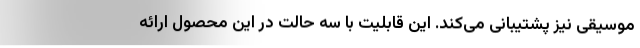
موسیقی نیز پشتیبانی می‌کند. این قابلیت با سه حالت در این محصول ارائه